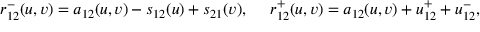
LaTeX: r _ { 1 2 } ^ { - } ( u , v ) = a _ { 1 2 } ( u , v ) - s _ { 1 2 } ( u ) + s _ { 2 1 } ( v ) , \mathrm { ~ \ \ \ } r _ { 1 2 } ^ { + } ( u , v ) = a _ { 1 2 } ( u , v ) + u _ { 1 2 } ^ { + } + u _ { 1 2 } ^ { - } ,